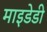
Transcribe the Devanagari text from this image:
माइडेडी